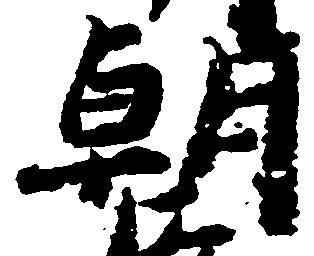
朝